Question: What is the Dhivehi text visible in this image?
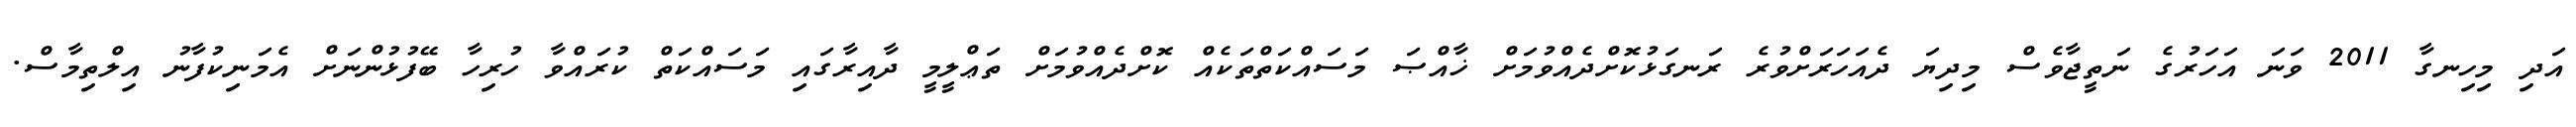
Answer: އަދި މިހިނގާ 2011 ވަނަ އަހަރުގެ ނަތީޖާވެސް މިދިޔަ ދެއަހަރަށްވުރެ ރަނގަޅުކޮށްދެއްވުމަށް ޚާއްޞަ މަސައްކަތްތަކެއް ކޮށްދެއްވުމަށް ތަޢްލީމީ ދާއިރާގައި މަސައްކަތް ކުރައްވާ ހުރިހާ ބޭފުޅުންނަށް އެމަނިކުފާނު އިލްތިމާސް.